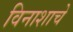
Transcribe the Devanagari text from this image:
विनाशाचे